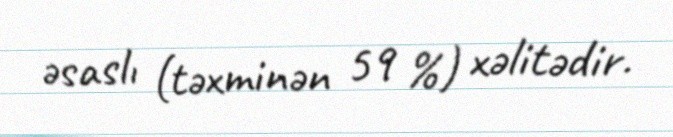
əsaslı (təxminən 59 %) xəlitədir.